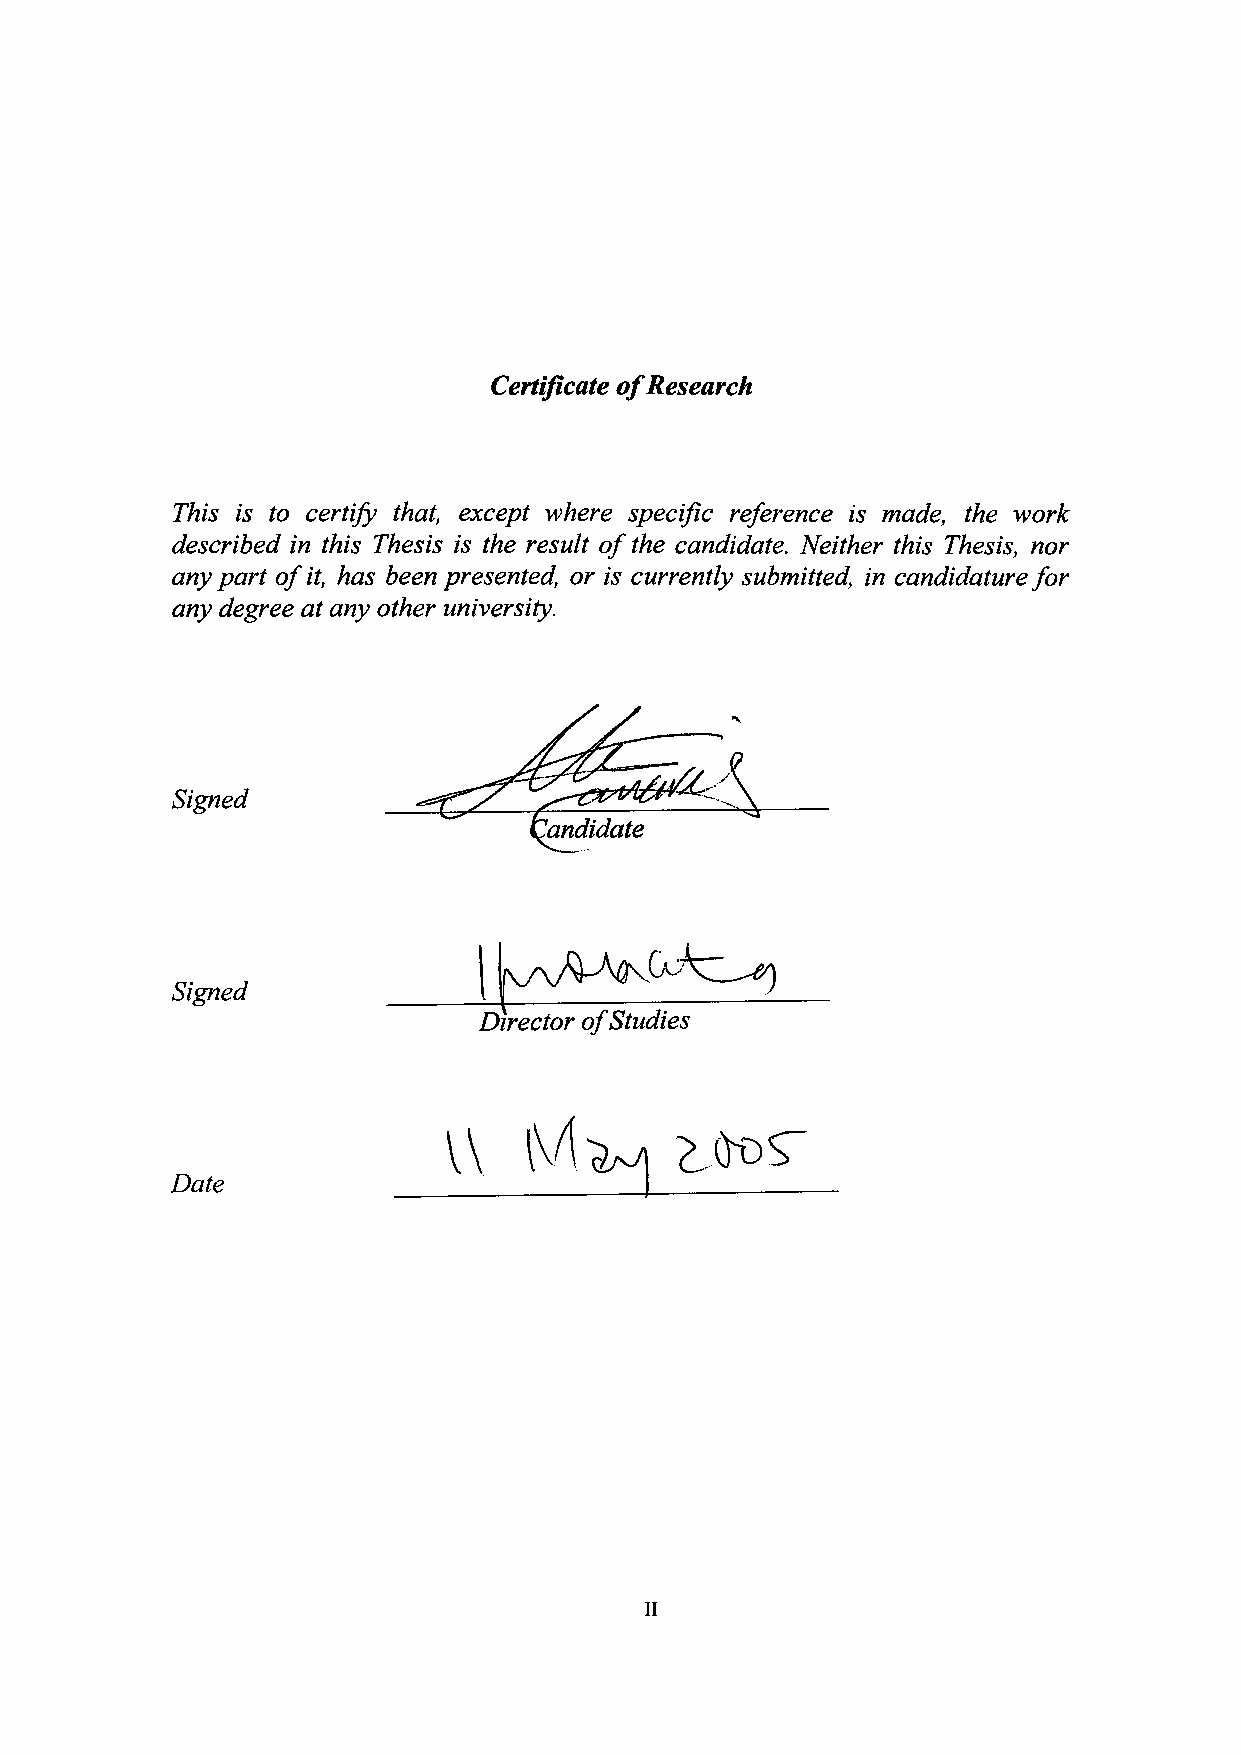
Certificate of Research
 This is to certify that, except where specific reference is made, the work
 described in this Thesis is the result of the candidate. Neither this Thesis, nor
 any part of it, has been presented, or is currently submitted, in candidature for
 any degree at any other university.
 Signed
 Candidate
 Signed
 Director of Studies
 \\
 Date
 ii